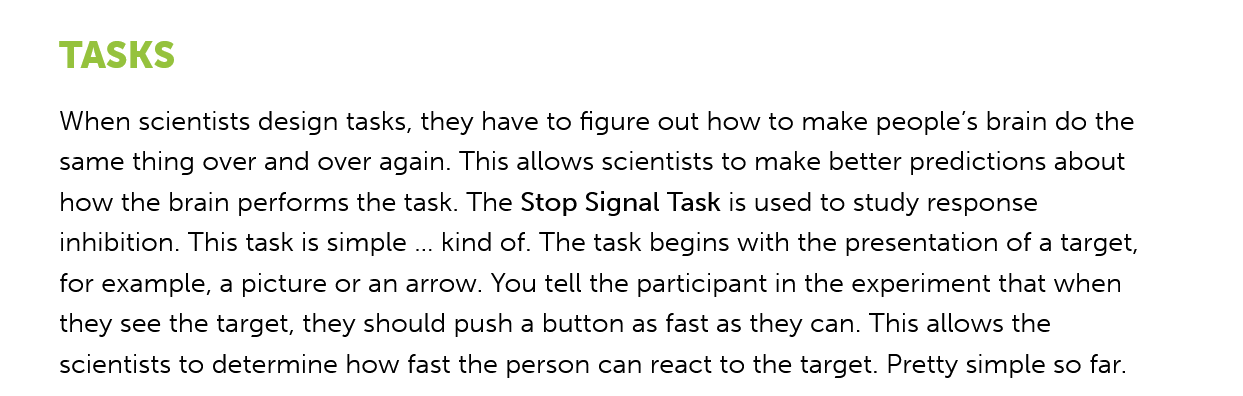
TASKS
     When scientists design tasks, they have to figure out how to make people's brain do the
     same thing over and over again. This allows scientists to make better predictions about
     how the brain performs the task. The Stop Signal Task is used to study response
     inhibition. This task is simple
     ...
     kind of. The task begins with the presentation of a target,
     for example, a picture or an arrow. You tell the participant in the experiment that when
     they see the target, they should push a button as fast as they can. This allows the
     scientists to determine how fast the person can react to the target. Pretty simple so far.